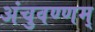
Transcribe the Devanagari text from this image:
अंचुवण्णम्